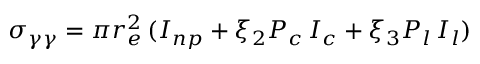
\sigma _ { \gamma \gamma } = \pi r _ { e } ^ { 2 } \, ( I _ { n p } + \xi _ { 2 } P _ { c } \, I _ { c } + \xi _ { 3 } P _ { l } \, I _ { l } )